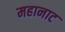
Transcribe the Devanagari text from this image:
महानाट